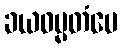
ခယဓမ္မတံပေ